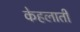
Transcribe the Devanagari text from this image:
केहलाती